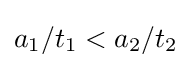
a_{1}/t_{1}<a_{2}/t_{2}